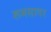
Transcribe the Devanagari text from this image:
रूमसागर